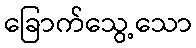
ခြောက်သွေ့သော